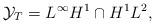
LaTeX: \begin{align*} \mathcal{Y}_T = L^\infty H^1 \cap H^1 L^2 , \end{align*}